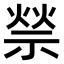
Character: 𥚡